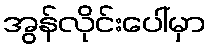
အွန်လိုင်းပေါ်မှာ